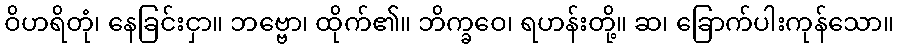
ဝိဟရိတုံ၊ နေခြင်းငှာ။ ဘဗ္ဗော၊ ထိုက်၏။ ဘိက္ခဝေ၊ ရဟန်းတို့။ ဆ၊ ခြောက်ပါးကုန်သော။